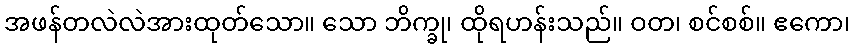
အဖန်တလဲလဲအားထုတ်သော။ သော ဘိက္ခု၊ ထိုရဟန်းသည်။ ဝတ၊ စင်စစ်။ ဧကော၊